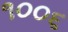
૧૦૦૬